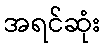
အရင်ဆုံး